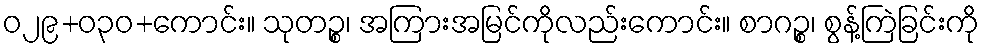
ဝ၂၉+၀၃ဝ+ကောင်း။ သုတဉ္စ၊ အကြားအမြင်ကိုလည်းကောင်း။ စာဂဉ္စ၊ စွန့်ကြဲခြင်းကို